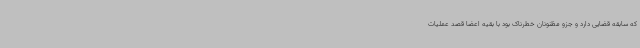
که سابقه قضایی دارد و جزو مظنونان خطرناک بود با بقیه اعضا قصد عملیات